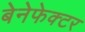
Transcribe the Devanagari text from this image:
बेनेफेक्टर